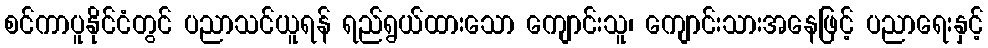
စင်ကာပူနိုင်ငံတွင် ပညာသင်ယူရန် ရည်ရွယ်ထားသော ကျောင်းသူ၊ ကျောင်းသားအနေဖြင့် ပညာရေးနှင့်